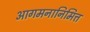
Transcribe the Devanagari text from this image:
आगमनानिमित्त